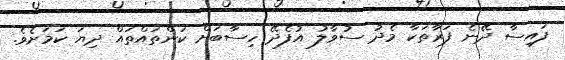
ފައިސާ ދޭނެ ފަރާތަކާ މެދު ސުވާލު އުފެދޭ ހިސާބަށް ކަންތައްތައް ދިޔަ ކަމަށެވެ.